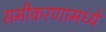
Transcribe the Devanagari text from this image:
समीकरणामध्ये